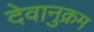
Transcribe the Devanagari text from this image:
देवानुक्रम